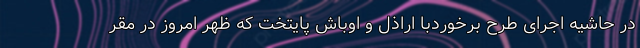
در حاشیه اجرای طرح برخوردبا اراذل و اوباش پایتخت که ظهر امروز در مقر